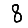
Digit: 8